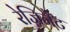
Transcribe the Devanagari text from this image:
रेज़िनेट